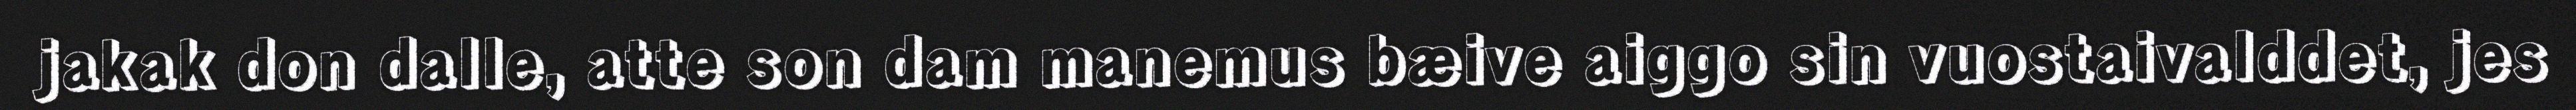
jakak don dalle, atte son dam manemus bæive aiggo sin vuostaivalddet, jes